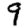
Digit: 9